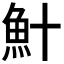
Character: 𫙏